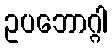
ဥပဘောဂ္ဂါ